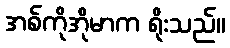
အစ်ကိုအိုမာက ရိုးသည်။